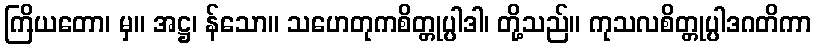
ကြိယတော၊ မှ။ အဋ္ဌ၊ န်သော။ သဟေတုကစိတ္တုပ္ပါဒါ၊ တို့သည်။ ကုသလစိတ္တုပ္ပါဒဂတိကာ